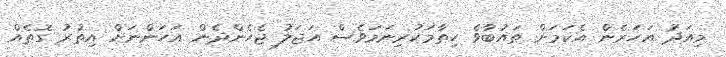
މިއަދު އަހަރެން އެކަމަށް ތައުބާވެ ހިތާމަކުރިނަމަވެސް އަޖަލު ޖެހެންދެން އަހަންނަށް އިތުރު ގޮތެއް